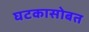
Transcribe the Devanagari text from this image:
घटकासोबत